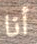
أنا